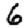
Digit: 6